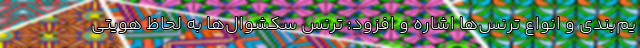
یم‌بندی و انواع ترنس‌ها اشاره و افزود: ترنس سکشوال‌ها به لحاظ هویتی